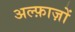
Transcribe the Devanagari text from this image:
अल्फ़ाज़ों